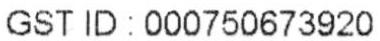
GST ID : 000750673920